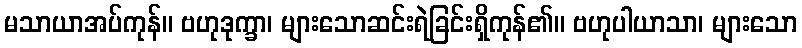
မသာယာအပ်ကုန်။ ဗဟုဒုက္ခာ၊ များသောဆင်းရဲခြင်းရှိကုန်၏။ ဗဟုပါယာသာ၊ များသော